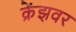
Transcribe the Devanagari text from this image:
क्रेंझवर